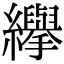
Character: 𦇙